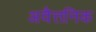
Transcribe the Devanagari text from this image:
अवैत्तनिक